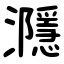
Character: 㶏